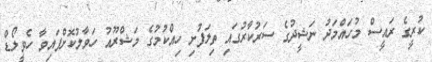
ކުރީގެ ރައީސް މުހައްމަދު ނަޝީދުގެ ސަރުކާރުގައި ތިލަފުށި ހިއްކުމުގެ މަޝްރޫއު ހަވާލުކޮށްފައިވާ ހެވީލޯޑް